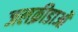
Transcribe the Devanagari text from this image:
जलक्रीडाओं